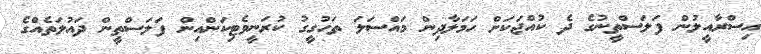
އިސްރާއީލުން ފަލަސްތީނުގެ ދެ ކުއްޖަކަށް ހަމަލާދިން މައްސަލަ ތަހުގީގު ކުރަނީވެޓިކަންއިން ފަލަސްތީން ދައުލަތެއްގެ